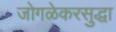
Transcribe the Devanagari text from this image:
जोगळेकरसुद्धा